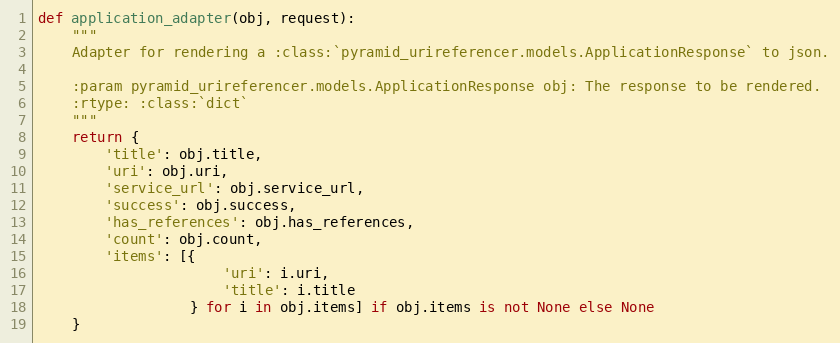
Language: Python
def application_adapter(obj, request):
    """
    Adapter for rendering a :class:`pyramid_urireferencer.models.ApplicationResponse` to json.

    :param pyramid_urireferencer.models.ApplicationResponse obj: The response to be rendered.
    :rtype: :class:`dict`
    """
    return {
        'title': obj.title,
        'uri': obj.uri,
        'service_url': obj.service_url,
        'success': obj.success,
        'has_references': obj.has_references,
        'count': obj.count,
        'items': [{
                      'uri': i.uri,
                      'title': i.title
                  } for i in obj.items] if obj.items is not None else None
    }